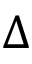
\Delta